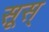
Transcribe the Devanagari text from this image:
सूस्